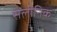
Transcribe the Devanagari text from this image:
सेलीनिक